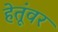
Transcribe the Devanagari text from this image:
हेतूंवर